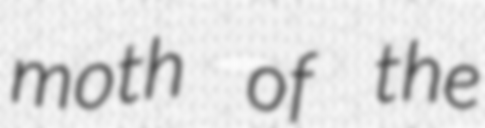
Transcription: moth of the